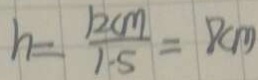
h = \frac { 1 2 c m } { 1 . 5 } = 8 c m